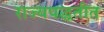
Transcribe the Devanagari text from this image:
राज्यपद्धतीत